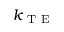
k _ { \mathrm { ~ T ~ E ~ } }